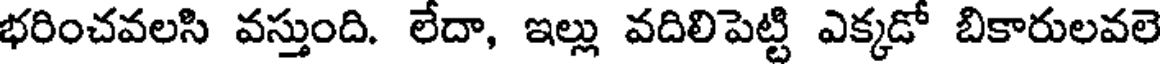
భరించవలసి వస్తుంది. లేదా, ఇల్లు వదిలిపెట్టి ఎక్కడో బికారులవలె